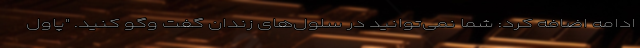
ادامه اضافه کرد: شما نمی‌توانید در سلول‌های زندان گفت و‌گو کنید. "پاول